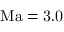
\mathrm { { M a } = 3 . 0 }